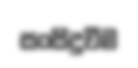
සංසිදුවීම